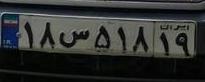
۱۸س۵۱۸۱۹